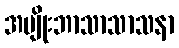
အမျိုးဘာသာသာသနာ